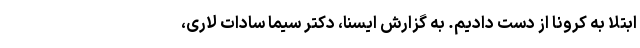
ابتلا به کرونا از دست دادیم. به گزارش ایسنا، دکتر سیما سادات لاری،